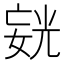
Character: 𪦍